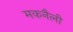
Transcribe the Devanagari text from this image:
मकनैली